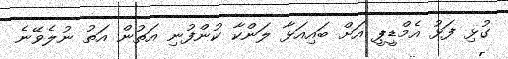
ގުޅި ފަޅު އެމްޑީޕީ އަށް ބައިއަޅާ ލަންކާ ކުންފުނި އަތުން އަތު ނުލެވޭނެ